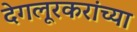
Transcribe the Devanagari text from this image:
देगलूरकरांच्या